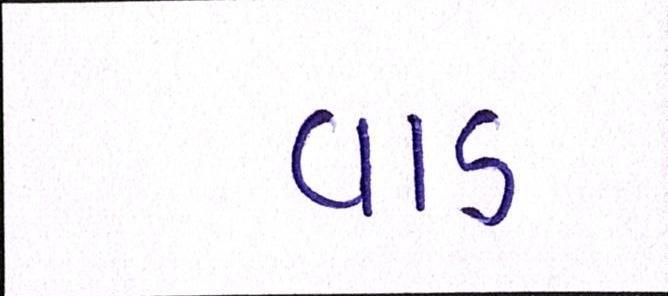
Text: વાડ